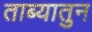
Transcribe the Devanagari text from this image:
ताब्यातुन